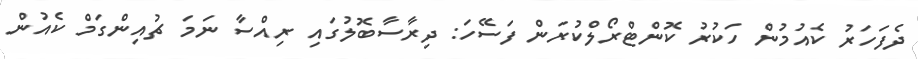
ދެފަހަރު ކެއުމުން ހަކުރު ކޮންޓްރޯލްކުރަން ފަސޭހަ: ދިރާސާބޮލުގައި ރިއްސާ ނަމަ ޗުއިންގަމް ކެއުން